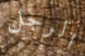
الرجل